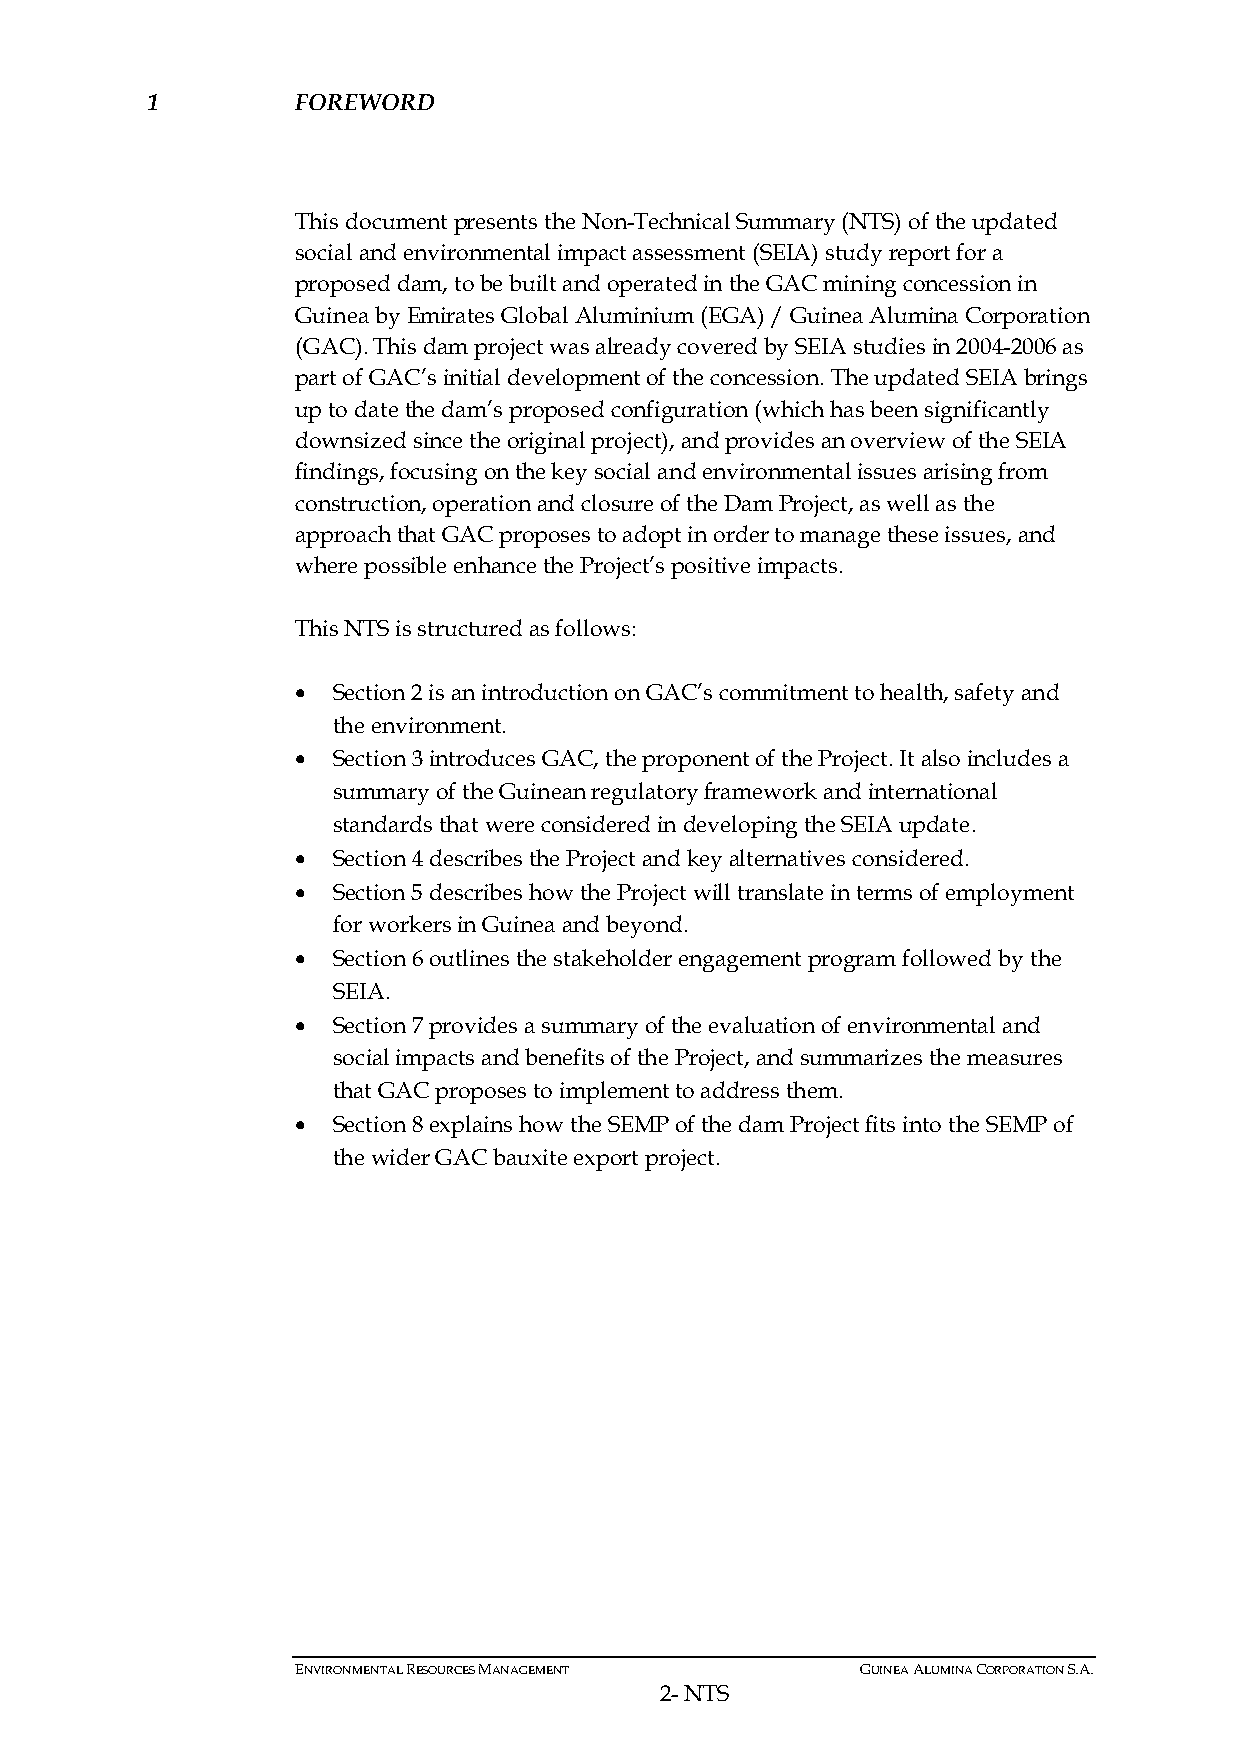
1         FOREWORD
 This document presents the Non-Technical Summary (NTS) of the updated
 social and environmental impact assessment (SEIA) study report for a
 proposed dam, to be built and operated in the GAC mining concession in
 Guinea by Emirates Global Aluminium (EGA) / Guinea Alumina Corporation
 (GAC). This dam project was already covered by SEIA studies in 2004-2006 as
 part of GAC’s initial development of the concession. The updated SEIA brings
 up to date the dam’s proposed configuration (which has been significantly
 downsized since the original project), and provides an overview of the SEIA
 findings, focusing on the key social and environmental issues arising from
 construction, operation and closure of the Dam Project, as well as the
 approach that GAC proposes to adopt in order to manage these issues, and
 where possible enhance the Project’s positive impacts.
 This NTS is structured as follows:
 • Section 2 is an introduction on GAC’s commitment to health, safety and
 the environment.
 • Section 3 introduces GAC, the proponent of the Project. It also includes a
 summary of the Guinean regulatory framework and international
 standards that were considered in developing the SEIA update.
 • Section 4 describes the Project and key alternatives considered.
 • Section 5 describes how the Project will translate in terms of employment
 for workers in Guinea and beyond.
 • Section 6 outlines the stakeholder engagement program followed by the
 SEIA.
 • Section 7 provides a summary of the evaluation of environmental and
 social impacts and benefits of the Project, and summarizes the measures
 that GAC proposes to implement to address them.
 • Section 8 explains how the SEMP of the dam Project fits into the SEMP of
 the wider GAC bauxite export project.
 ENVIRONMENTAL RESOURCES MANAGEMENT   GUINEA ALUMINA CORPORATION S.A.
 2- NTS